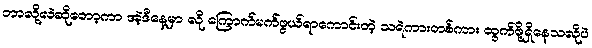
ဘာလို့လဲဆိုတော့ကာ အဲ့ဒီနေ့မှာ လို ကြောက်မက်ဖွယ်ရာကောင်းတဲ့ သရဲကားတစ်ကား ထွက်ဖို့ရှိနေသလိုပဲ